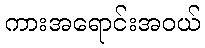
ကားအရောင်းအဝယ်